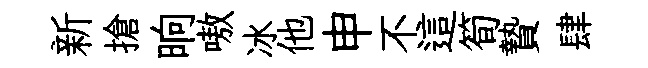
新搶晌嗷冰他申不這筍贄肆